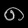
Digit: ၈